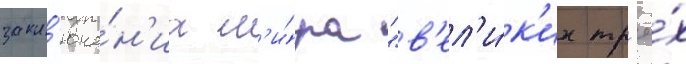
закл'юче́н'иа м'и́ра "в'ел'и́к'их тр'ё́х